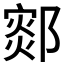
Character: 𰻻